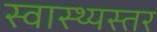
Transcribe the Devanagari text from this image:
स्वास्थ्यस्तर